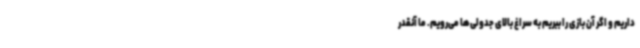
داریم و اگر آن بازی را ببریم به سراغ بالای جدولی‌ها می‌رویم. ما آنقدر